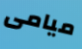
ميامى